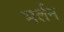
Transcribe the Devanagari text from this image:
मर्लन